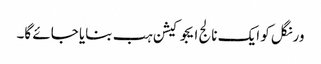
ورنگل کو ایک نالج ایجوکیشن ہب بنایا جائے گا۔